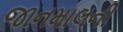
જાનમાલની